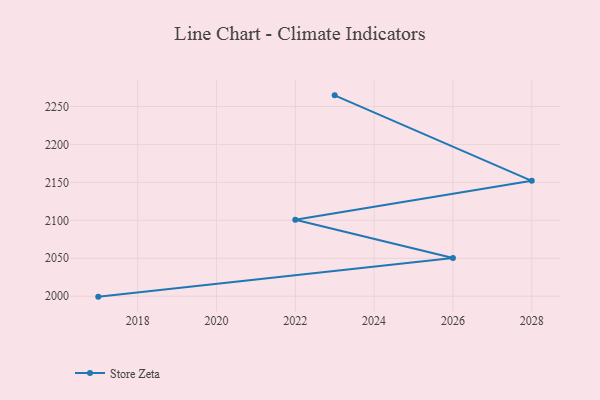
{"axis": {"x": "Year", "y": "Operating Costs (USD K)"}, "legend": ["Store Zeta"], "data": [{"x": "2017", "y": 1999.4, "type": "Store Zeta"}, {"x": "2026", "y": 2050.3, "type": "Store Zeta"}, {"x": "2022", "y": 2100.7, "type": "Store Zeta"}, {"x": "2028", "y": 2152.0, "type": "Store Zeta"}, {"x": "2023", "y": 2264.7, "type": "Store Zeta"}]}